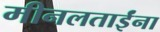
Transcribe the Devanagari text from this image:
मीनलताईंना